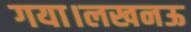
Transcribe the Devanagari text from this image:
गया।लखनऊ